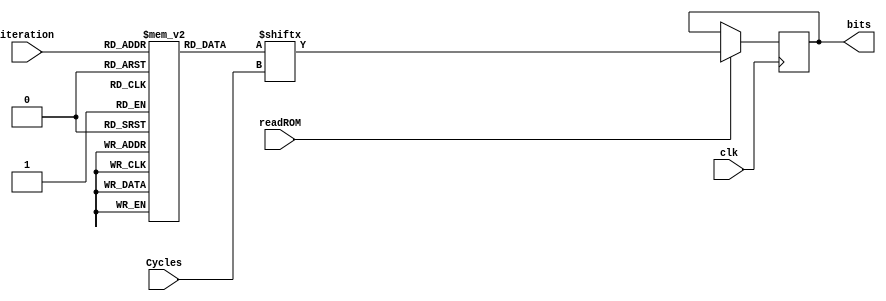
`timescale 1ns / 1ps
//////////////////////////////////////////////////////////////////////////////////
// Company: 
// Engineer: 
// 
// Design Name: 
// Module Name: Serial ROM
// Project Name: 
// Target Devices: 
// Tool Versions: 
// Description: 
// 
// Dependencies: 
// 
// Revision:
// Revision 0.01 - File Created
// Additional Comments:
// 
//////////////////////////////////////////////////////////////////////////////////


module Serial_ROM(input clk, readROM, input[3:0] iteration, input[4:0] Cycles, 
                  output reg bits);

    reg[15:0] tan_rom [0:15];
    //reg[15:0]temp;
    
    initial begin    
    tan_rom[0] = 16'b0011001001000011;  
    tan_rom[1] = 16'b0001110110101100;   
    tan_rom[2] = 16'b0000111110101101;   
    tan_rom[3] = 16'b0000011111110101;  
    tan_rom[4] = 16'b0000001111111110;
    tan_rom[5] = 16'b0000000111111111;
    tan_rom[6] = 16'b0000000011111111;
    tan_rom[7] = 16'b0000000001111111; 
    tan_rom[8] = 16'b0000000000111111;
    tan_rom[9] = 16'b0000000000011111;
    tan_rom[10] = 16'b0000000000001111;
    tan_rom[11] = 16'b0000000000000111;
    tan_rom[12] = 16'b0000000000000011;
    tan_rom[13] = 16'b0000000000000001;
    tan_rom[14] = 16'b0000000000000000; 
    tan_rom[15] = 16'b0000000000000000;    
    end    
    
    always@(posedge clk)
    if(readROM)bits <= tan_rom[iteration][Cycles];
    
endmodule